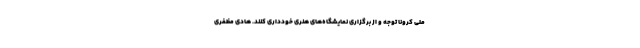
ملی کرونا توجه و از برگزاری نمایشگاه‌های هنری خودداری کنند. هادی مظفری